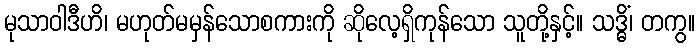
မုသာဝါဒီဟိ၊ မဟုတ်မမှန်သောစကားကို ဆိုလေ့ရှိကုန်သော သူတို့နှင့်။ သဒ္ဓိံ၊ တကွ။